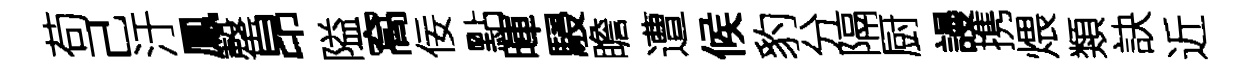
苟己汙鳳罄昂隘窩佞點暉駸瞻遭候豹分隔厨謾携煨類訣近